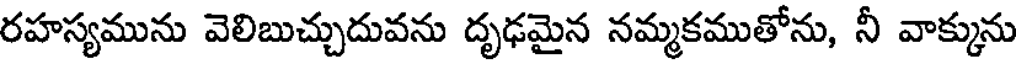
రహస్యమును వెలిబుచ్చుదువను దృఢమైన నమ్మకముతోను, నీ వాక్కును